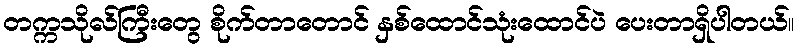
တက္ကသိုလ်ကြီးတွေ စိုက်တာတောင် နှစ်ထောင်သုံးထောင်ပဲ ပေးတာရှိပါတယ်။